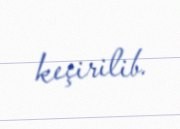
keçirilib.